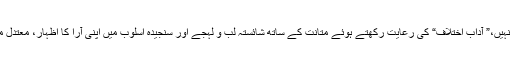
علمی دنیا میں اختلاف کوئی اَنہونی چیز نہیں،” آدابِ اختلاف“ کی رعایت رکھتے ہوئے متانت کے ساتھ شائستہ لب و لہجے اور سنجیدہ اسلوب میں اپنی آرا کا اظہار، معتدل مزاج اہلِ علم کا امتیاز ی خاصہ رہا ہے۔